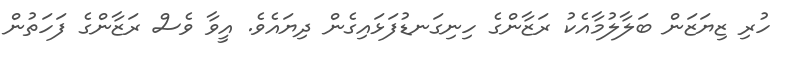
ހުރި ޒިޔަޒަން ބަލާލުމާއެކު ރަޒާންގެ ހިނިގަނޑުފަޅައިގެން ދިޔައެވެ. އީވާ ވެސް ރަޒާންގެ ފަހަތުން